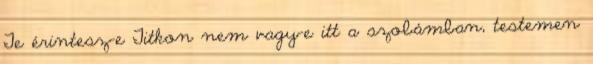
Te érintesz-e Titkon nem vagy-e itt a szobámban, testemen